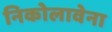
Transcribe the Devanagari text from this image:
निकोलावेना